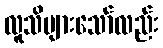
လူသိများသော်လည်း